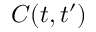
C ( t , t ^ { \prime } )